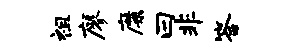
祖廖靡曰非答